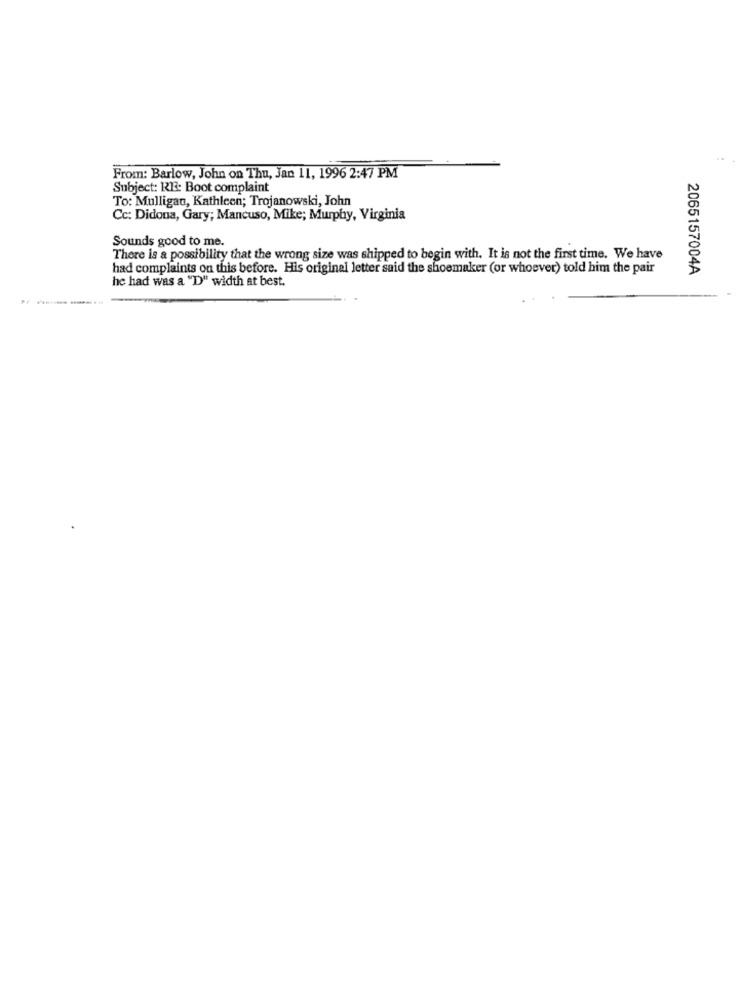
From: Barlow, John on Thu, Jan 11, 1996 2:47 PM
Subject: RE: Boot complaint
To: Mulligan, Kathleen; Trojanowski, John
Cc: Didona, Gary; Mancuso, Mike; Murphy, Virginia
Sounds good to me.
There is a possibility that the wrong size was shipped to begin with. It is not the first time. We have
had complaints on this before. His original letter said the shoemaker (or whoever) told him the pair
2065157004A
he had was a "D" width at best.